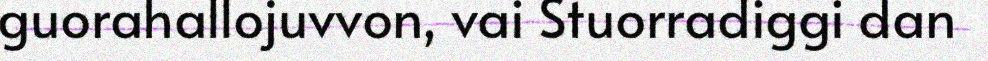
guorahallojuvvon, vai Stuorradiggi dan